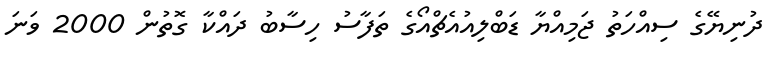
ދުނިޔޭގެ ސިއްހަތު ޖަމިއްޔާ ޑަބްލިއުއެޗްއޯގެ ތަފާސު ހިސާބު ދައްކާ ގޮތުން 2000 ވަނަ